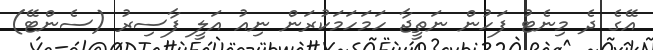
އޭގެ ދެ މިނެޓު ފަހުން ނަތީޖާ ހަމަހަމަކުރަން ނިއު އަލީ ފާސިރު (ސެންޓޭ)